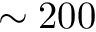
\sim 2 0 0